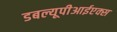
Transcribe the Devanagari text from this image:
डबल्यूपीआईएक्स